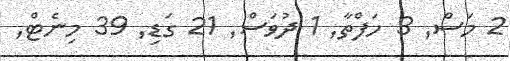
2 މަސް